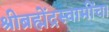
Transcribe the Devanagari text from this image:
श्रीब्रह्मेंद्रस्वामींचा